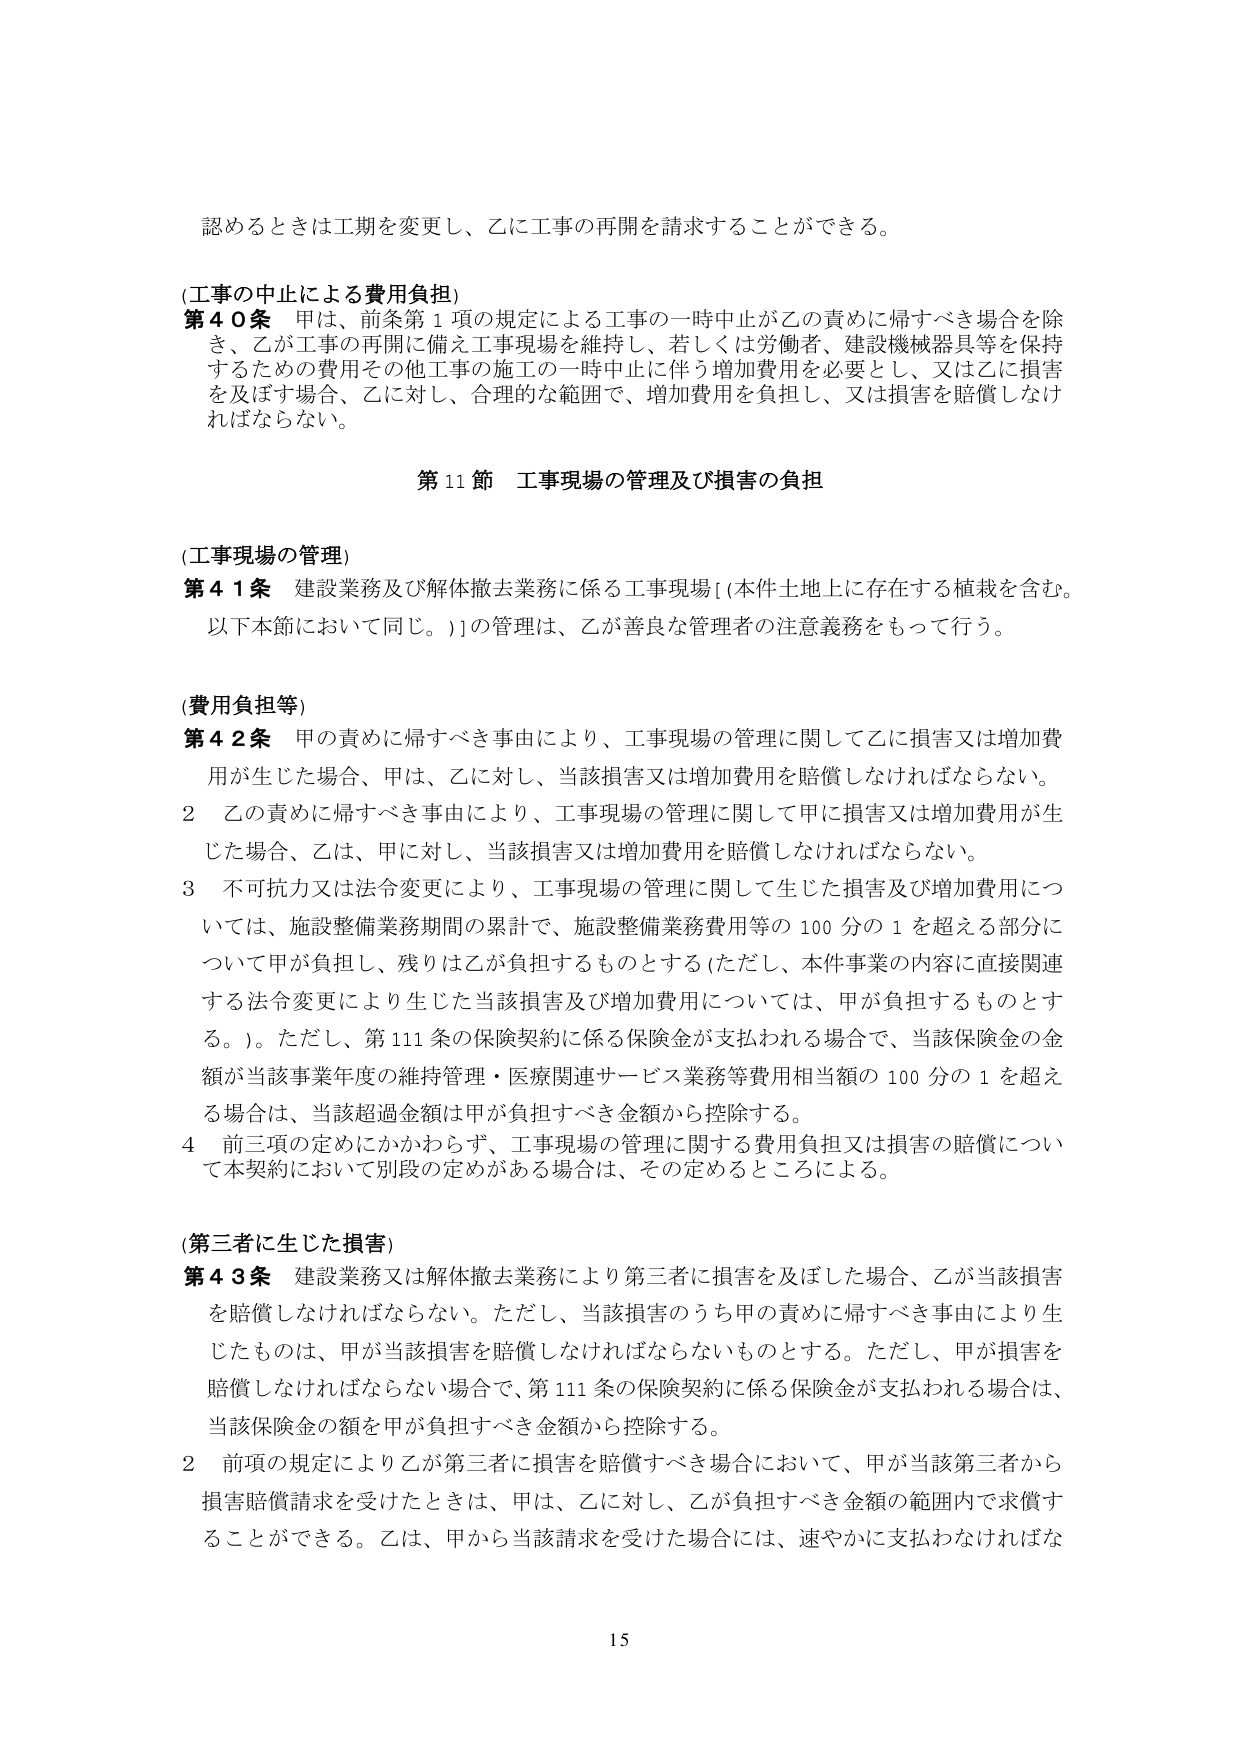
認めるときは工期を変更し、乙に工事の再開を請求することができる。

(工事の中止による費用負担)
第４０条 甲は、前条第１項の規定による工事の一時中止が乙の責めに帰すべき場合を除き、乙が工事の再開に備え工事現場を維持し、若しくは労働者、建設機械器具等を保持するための費用その他工事の施工の一時中止に伴う増加費用を必要とし、又は乙に損害を及ぼす場合、乙に対し、合理的な範囲で、増加費用を負担し、又は損害を賠償しなければならない。

第11節 工事現場の管理及び損害の負担

(工事現場の管理)
第４１条 建設業務及び解体撤去業務に係る工事現場〔本件土地上に存在する植栽を含む。以下本節において同じ。〕の管理は、乙が善良な管理者の注意義務をもって行う。

(費用負担等)
第４２条 甲の責めに帰すべき事由により、工事現場の管理に関して乙に損害又は増加費用が生じた場合、甲は、乙に対し、当該損害又は増加費用を賠償しなければならない。
２ 乙の責めに帰すべき事由により、工事現場の管理に関して甲に損害又は増加費用が生じた場合、乙は、甲に対し、当該損害又は増加費用を賠償しなければならない。
３ 不可抗力又は法令変更により、工事現場の管理に関して生じた損害及び増加費用については、施設整備業務期間の累計で、施設整備業務費用等の100分の1を超える部分について甲が負担し、残りは乙が負担するものとする（ただし、本件事業の内容に直接関連する法令変更により生じた当該損害及び増加費用については、甲が負担するものとする。）。ただし、第111条の保険契約に係る保険金が支払われる場合で、当該保険金の金額が当該事業年度の維持管理・医療関連サービス業務等費用相当額の100分の1を超える場合は、当該超過金額は甲が負担すべき金額から控除する。
４ 前三項の定めにかかわらず、工事現場の管理に関する費用負担又は損害の賠償について本契約において別段の定めがある場合は、その定めるところによる。

(第三者に生じた損害)
第４３条 建設業務又は解体撤去業務により第三者に損害を及ぼした場合、乙が当該損害を賠償しなければならない。ただし、当該損害のうち甲の責めに帰すべき事由により生じたものは、甲が当該損害を賠償しなければならないものとする。ただし、甲が損害を賠償しなければならない場合で、第111条の保険契約に係る保険金が支払われる場合は、当該保険金の額を甲が負担すべき金額から控除する。
２ 前項の規定により乙が第三者に損害を賠償すべき場合において、甲が当該第三者から損害賠償請求を受けたときは、甲は、乙に対し、乙が負担すべき金額の範囲内で求償することができる。乙は、甲から当該請求を受けた場合には、速やかに支払わなければな

15